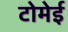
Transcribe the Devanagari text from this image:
टोमेई